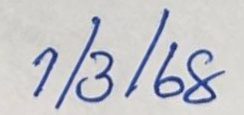
1/3/68